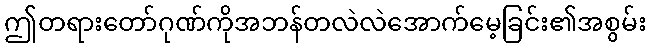
ဤတရားတော်ဂုဏ်ကိုအဘန်တလဲလဲအောက်မေ့ခြင်း၏အစွမ်း